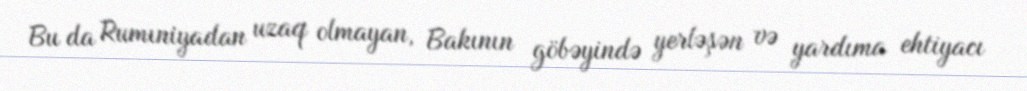
Bu da Rumıniyadan uzaq olmayan, Bakının göbəyində yerləşən və yardıma ehtiyacı